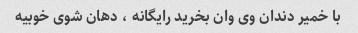
با خمیر دندان وی وان بخرید رایگانه ‌، دهان شوی خوبیه